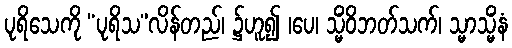
ပုရိသေကို “ပုရိသ”လိန်တည်၊ ၌ဟူ၍ ၊ပေ၊ သ္မိံဝိဘတ်သက်၊ သ္မာသ္မိံနံ